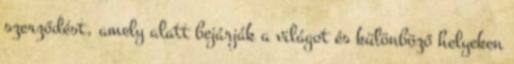
szerződést, amely alatt bejárják a világot és különböző helyeken